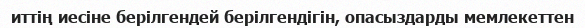
иттің иесіне берілгендей берілгендігін, опасыздарды мемлекеттен